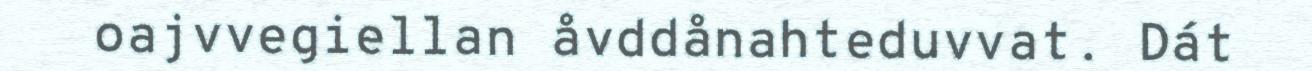
oajvvegiellan åvddånahteduvvat. Dát